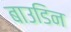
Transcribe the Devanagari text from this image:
बाउडिन